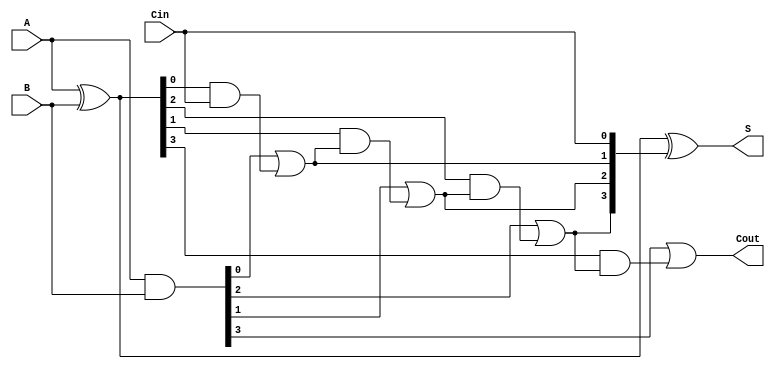
module RCLA #(
    parameter n = 4 // Width of the adder, you can change it accordingly
)(
    input [n-1:0] A,      // First operand
    input [n-1:0] B,      // Second operand
    input Cin,            // Carry-in
    output [n-1:0] S,     // Sum output
    output Cout           // Carry-out
);

    // Generate and propagate signals
    wire [n-1:0] G; // Generate signals
    wire [n-1:0] P; // Propagate signals
    wire [n:0] C;    // Carry signals

    // Generate and propagate logic
    assign G = A & B;           // Gi = Ai * Bi
    assign P = A ^ B;           // Pi = Ai XOR Bi

    // Carry calculation
    assign C[0] = Cin;          // C0 = Cin

    genvar i;
    generate
        for (i = 0; i < n; i = i + 1) begin : carry_generation
            if (i == 0) begin
                assign C[i + 1] = G[i] | (P[i] & C[i]); // C1
            end else begin
                assign C[i + 1] = G[i] | (P[i] & C[i]); // Ci = Gi + (Pi & Ci-1)
            end
        end
    endgenerate

    // Sum calculation
    assign S = P ^ C[n-1:0]; // Si = Pi XOR Ci

    // Final Carry-out
    assign Cout = G[n-1] | (P[n-1] & C[n-1]);

endmodule